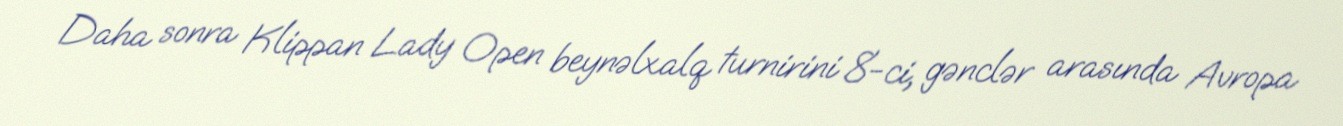
Daha sonra Klippan Lady Open beynəlxalq turnirini 8-ci, gənclər arasında Avropa